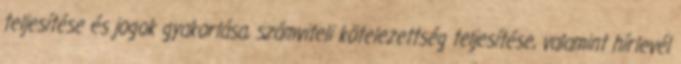
teljesítése és jogok gyakorlása, számviteli kötelezettség teljesítése, valamint hírlevél